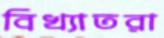
বিখ্যাতরা